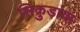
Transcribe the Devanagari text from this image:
सिकुड़ाया